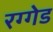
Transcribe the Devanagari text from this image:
रग्गेड